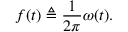
f ( t ) \triangleq { \frac { 1 } { 2 \pi } } \omega ( t ) .